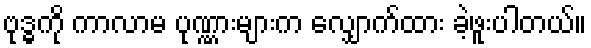
ဗုဒ္ဓကို ကာလာမ ပုဏ္ဏားများက လျှောက်ထား ခဲ့ဖူးပါတယ်။